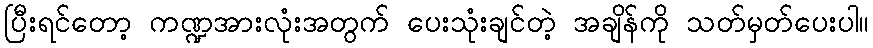
ပြီးရင်တော့ ကဏ္ဍအားလုံးအတွက် ပေးသုံးချင်တဲ့ အချိန်ကို သတ်မှတ်ပေးပါ။